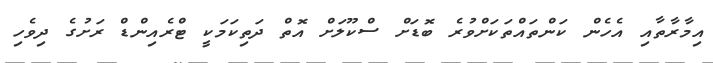
އިމާރާތާއި އެހެން ކަންތައްތަކަށްވުރެ ބޮޑަށް ސްކޫލަށް އޮތް ދަތިކަމަކީ ޓްރެއިންޑް ރަށުގެ ދިވެހި